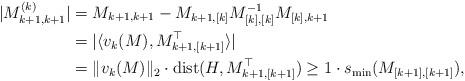
LaTeX: \begin{align*}|M^{(k)}_{k+1,k+1}| &= M_{k+1,k+1} -M_{k+1,[k]} M^{-1}_{[k],[k]} M_{[k],k+1} \\&= | \langle v_k(M), M_{k+1,[k+1]}^\top \rangle | \\&= \|v_k(M)\|_2 \cdot {\rm dist}(H, M_{k+1,[k+1]}^\top)\ge 1 \cdot s_{\min}(M_{[k+1],[k+1]}),\end{align*}